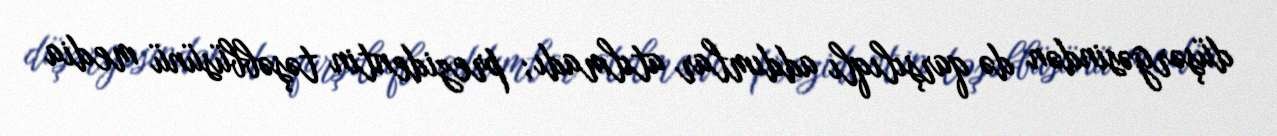
düşərgəsindən də qarşılıqlı addımlar atılmadı; prezidentin təşəbbüsünü media